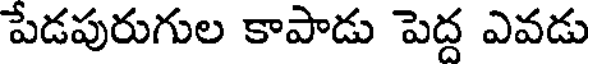
పేడపురుగుల కాపాడు పెద్ద ఎవడు